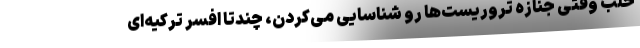
حلب وقتی جنازه تروریست‌ها رو شناسایی می‌کردن، چندتا افسر ترکیه‌ای